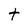
Character: t